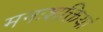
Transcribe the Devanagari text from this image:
मनःशक्तियां